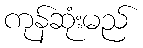
ကုန်ဆုံးမည်